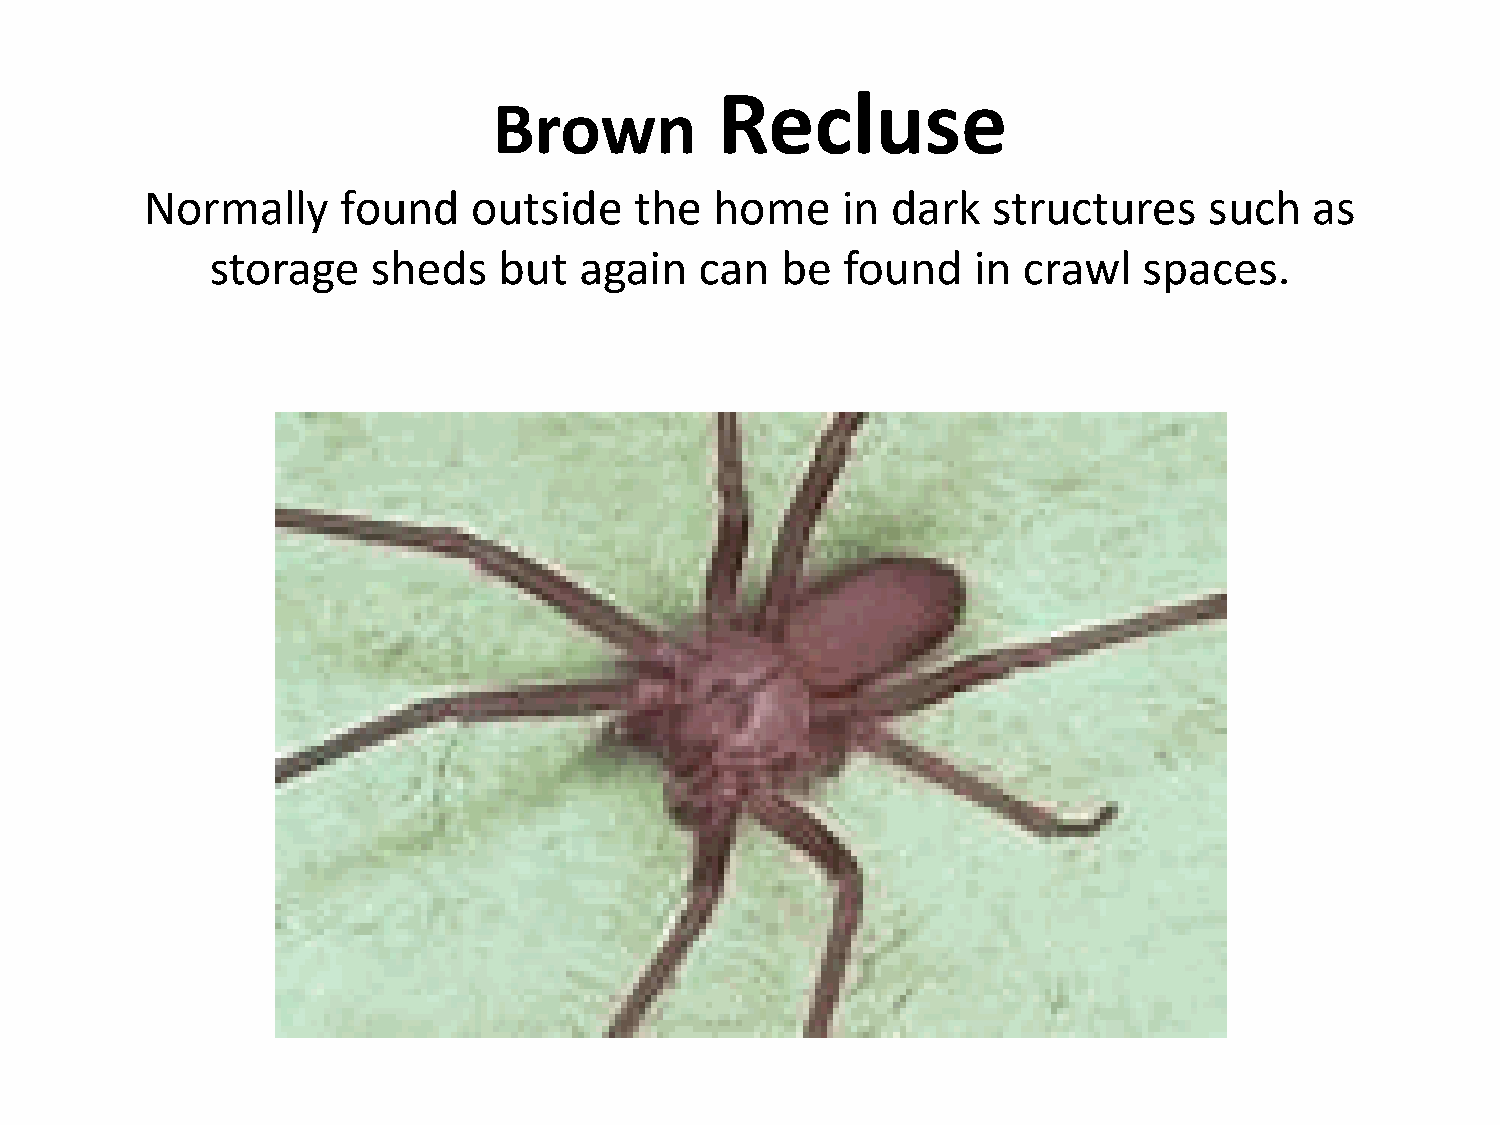
Recluse
 Brown
 Normally     found   outside    the  home     in dark   structures    such   as
 storage    sheds   but  again   can   be  found   in  crawl   spaces.